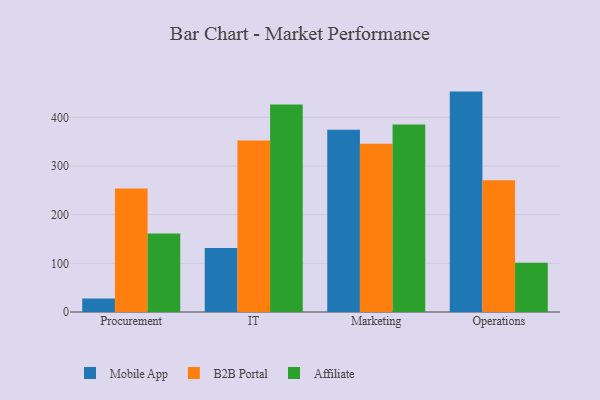
{"axis": {"x": "Department", "y": "Active Users"}, "legend": ["Affiliate", "B2B Portal", "Mobile App"], "data": [{"x": "Procurement", "y": 27.6, "type": "Mobile App"}, {"x": "Procurement", "y": 253.5, "type": "B2B Portal"}, {"x": "Procurement", "y": 161.5, "type": "Affiliate"}, {"x": "IT", "y": 131.6, "type": "Mobile App"}, {"x": "IT", "y": 352.5, "type": "B2B Portal"}, {"x": "IT", "y": 426.2, "type": "Affiliate"}, {"x": "Marketing", "y": 374.5, "type": "Mobile App"}, {"x": "Marketing", "y": 345.7, "type": "B2B Portal"}, {"x": "Marketing", "y": 385.1, "type": "Affiliate"}, {"x": "Operations", "y": 452.8, "type": "Mobile App"}, {"x": "Operations", "y": 270.6, "type": "B2B Portal"}, {"x": "Operations", "y": 101.4, "type": "Affiliate"}]}